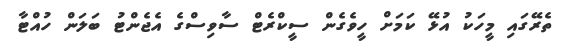
ތެރޭގައި މީހަކު އުޅޭ ކަމަށް ހީވެގެން ސީކްރެޓް ސާވިސްގެ އެޖެންޓު ބަލަން ހުއްޓާ